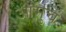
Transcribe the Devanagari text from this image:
आमुचं